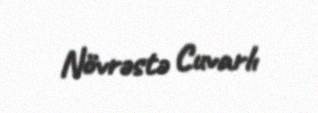
Növrəstə Cuvarlı